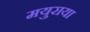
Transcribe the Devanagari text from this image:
मयुराया